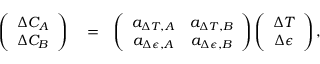
\begin{array} { r l r } { \left( \begin{array} { c } { \Delta C _ { A } } \\ { \Delta C _ { B } } \end{array} \right) } & { { } = } & { \left( \begin{array} { c c } { a _ { \Delta T , A } } & { a _ { \Delta T , B } } \\ { a _ { \Delta \epsilon , A } } & { a _ { \Delta \epsilon , B } } \end{array} \right) \left( \begin{array} { c } { \Delta T } \\ { \Delta \epsilon } \end{array} \right) , } \end{array}